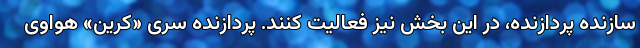
سازنده پردازنده، در این بخش نیز فعالیت کنند. پردازنده سری «کرین» هواوی